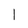
Character: 1